Leaving Certificate Examination, 1912
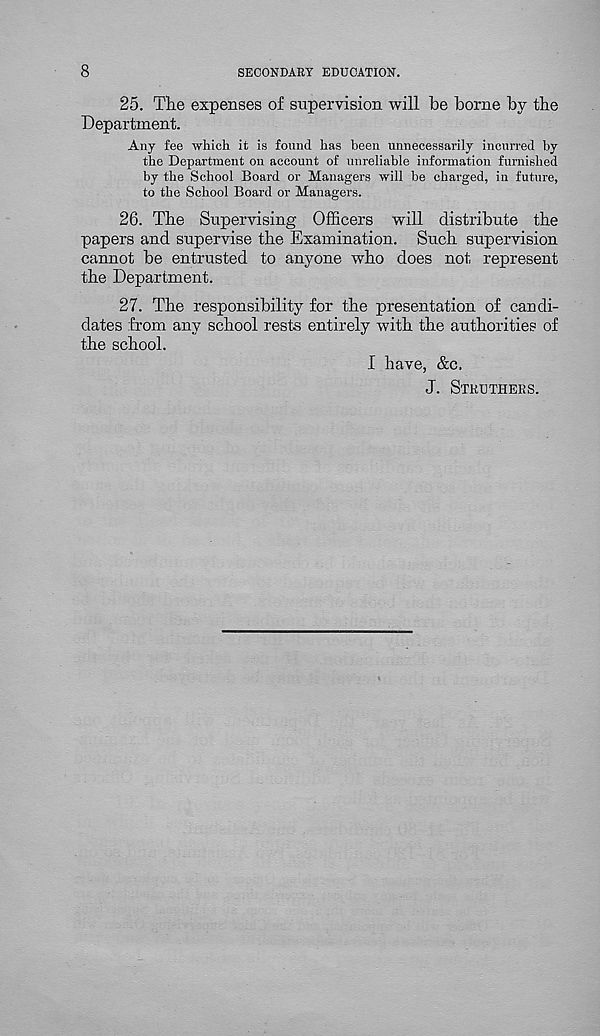
8
SECONDARY EDUCATION.
25. The expenses of supervision will be borne by the
Department.
Any fee which it is found has been unnecessarily incurred by
the Department on account of unreliable information furnished
by the School Board or Managers will be charged, in future,
to the School Board or Managers.
26. The Supervising Officers will distribute the
papers and supervise the Examination. Such supervision
cannot be entrusted to anyone who does not represent
the Department.
27. The responsibility for the presentation of candi-
dates from any school rests entirely with the authorities of
the school.
I have, &c.
J. STRUTHERS.